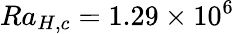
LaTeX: Ra_{H,c}=1.29\times 10^{6}